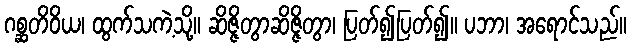
ဂစ္ဆတိဝိယ၊ ထွက်သကဲ့သို့။ ဆိဇ္ဇိတွာဆိဇ္ဇိတွာ၊ ပြတ်၍ပြတ်၍။ ပဘာ၊ အရောင်သည်။